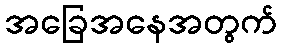
အခြေအနေအတွက်